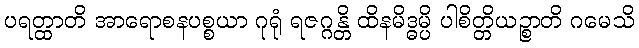
ပရတ္ထာတိ အာရောစနပစ္စယာ ဂုရုံ ရဇဂ္ဂန္တိ ထိနမိဒ္ဓမ္ပိ ပါစိတ္တိယဉ္စာတိ ဂမေသိ